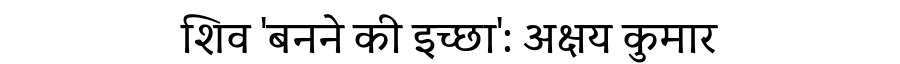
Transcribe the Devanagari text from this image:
शिव 'बनने की इच्छा': अक्षय कुमार